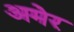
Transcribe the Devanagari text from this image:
अमेर